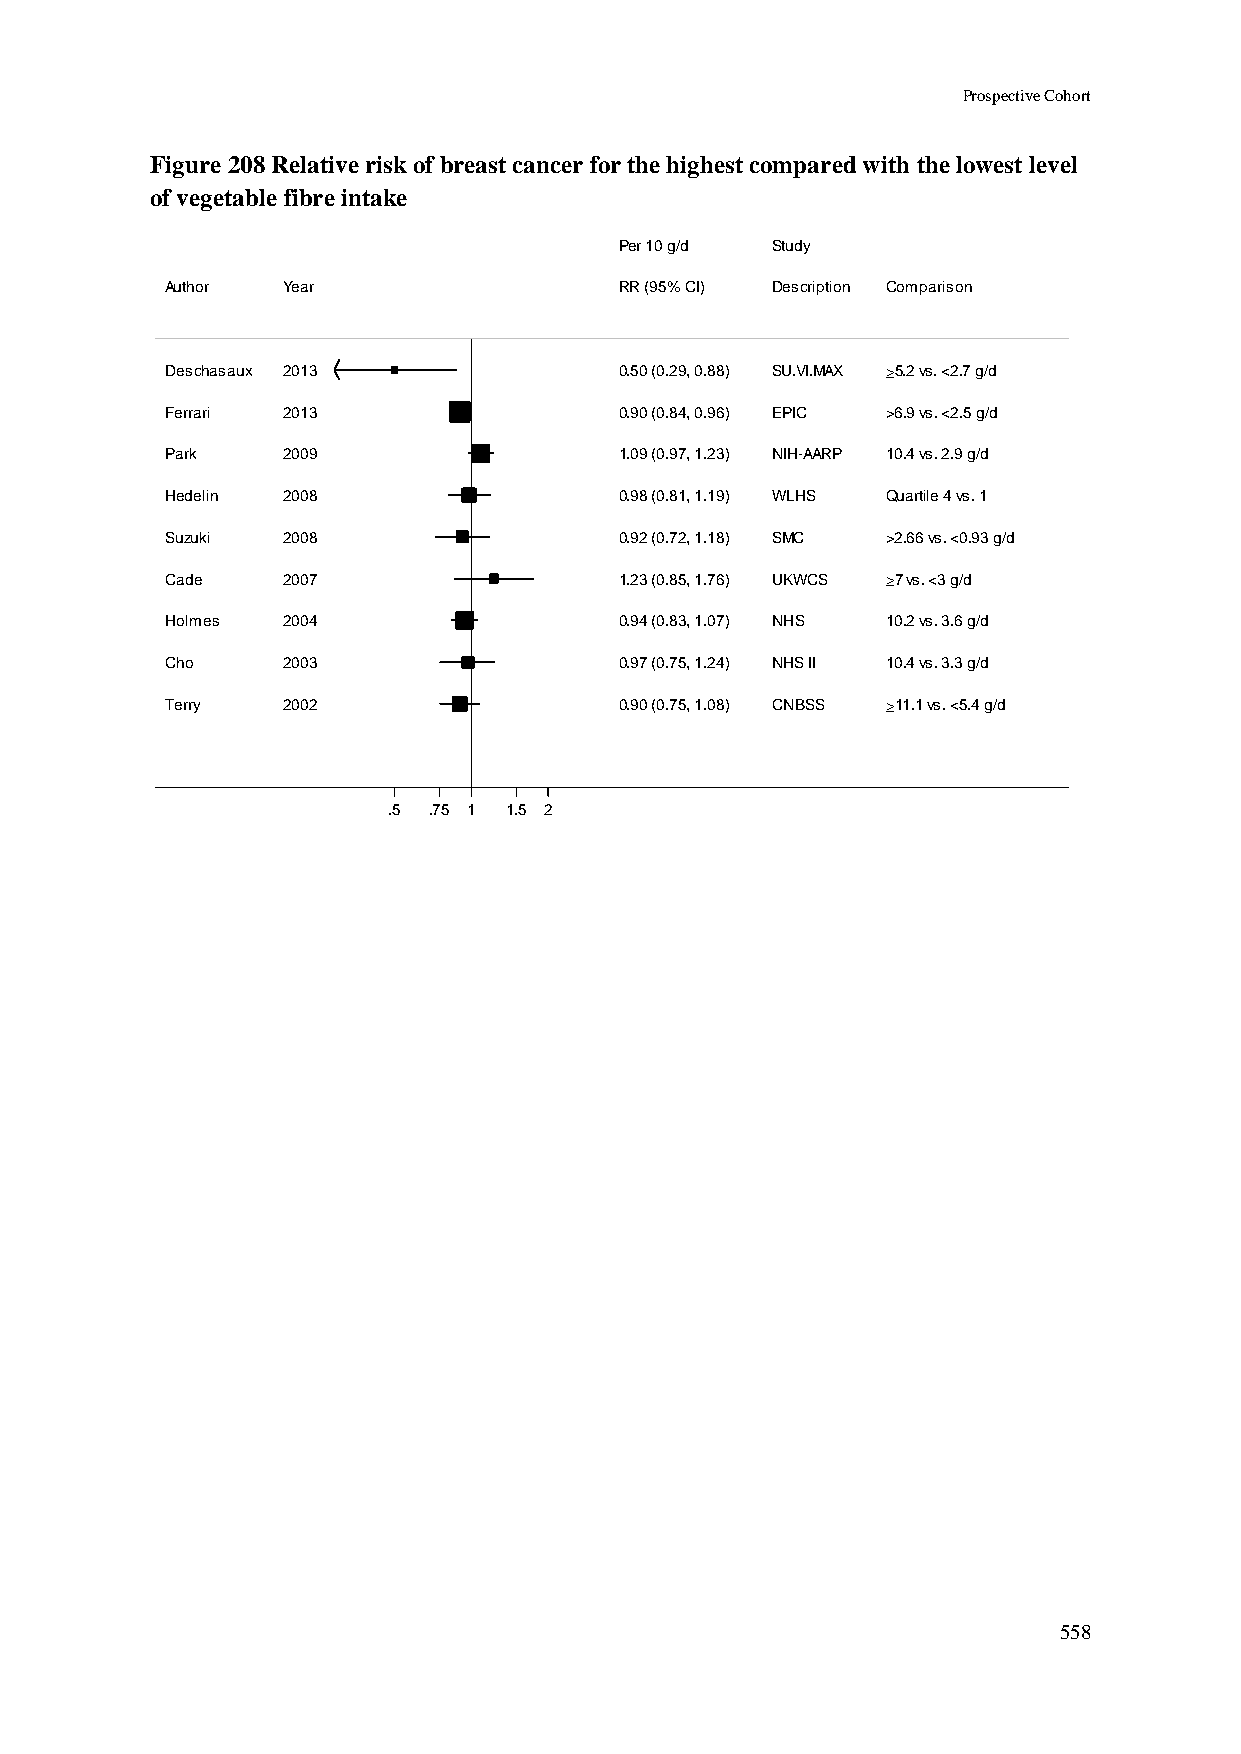
Prospective Cohort
 Figure 208 Relative risk of breast cancer for the highest compared with the lowest level
 of vegetable fibre intake
 PPeerr 1100 gg//dd SSttuuddyy
 Author  Year                  RRRR ((9955%% CCII)) DDeessccrriippttiioonn Comparison
 Deschasaux 2013               00..5500 ((00..2299,, 00..8888)) SSUU..VVII..MMAAXX 5.2 vs. <2.7 g/d
 Ferrari 2013                  00..9900 ((00..8844,, 00..9966)) EEPPIICC >6.9 vs. <2.5 g/d
 Park    2009                  11..0099 ((00..9977,, 11..2233)) NNIIHH--AAAARRPP 10.4 vs. 2.9 g/d
 Hedelin 2008                  00..9988 ((00..8811,, 11..1199)) WWLLHHSS Quartile 4 vs. 1
 Suzuki  2008                  00..9922 ((00..7722,, 11..1188)) SSMMCC >2.66 vs. <0.93 g/d
 Cade    2007                  11..2233 ((00..8855,, 11..7766)) UUKKWWCCSS 7 vs. <3 g/d
 Holmes  2004                  00..9944 ((00..8833,, 11..0077)) NNHHSS 10.2 vs. 3.6 g/d
 Cho     2003                  00..9977 ((00..7755,, 11..2244)) NNHHSS IIII 10.4 vs. 3.3 g/d
 Terry   2002                  00..9900 ((00..7755,, 11..0088)) CCNNBBSSSS 11.1 vs. <5.4 g/d
 .5 .75 11 1.5 2
 558